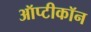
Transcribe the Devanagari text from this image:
ऑप्टीकॉन